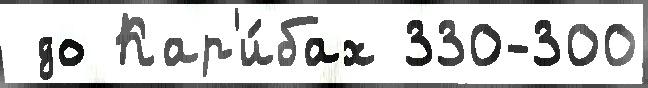
 до Кар'и́бах 330-300